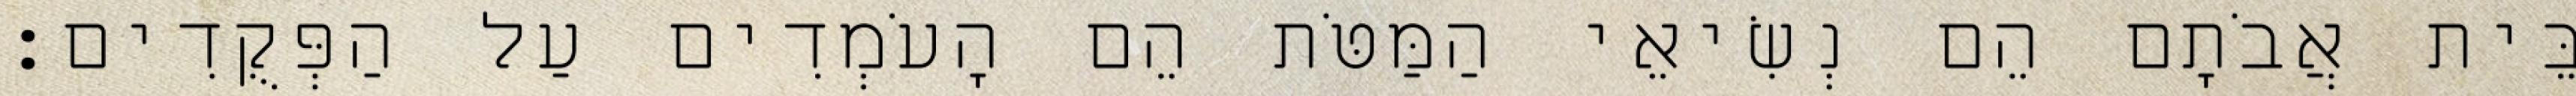
בֵּית אֲבֹתָם הֵם נְשִׂיאֵי הַמַּטֹּת הֵם הָעֹמְדִים עַל הַפְּקֻדִים׃